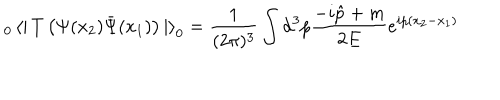
LaTeX: _ 0 \left< \right| T \left( \Psi ( x _ { 2 } ) \bar { \Psi } ( x _ { 1 } ) \right) \left| \right> _ { 0 } = \frac { 1 } { ( 2 \pi ) ^ { 3 } } \int { \mathrm d } ^ { 3 } p \frac { - i \hat { p } + m } { 2 E } e ^ { i p ( x _ { 2 } - x _ { 1 } ) }